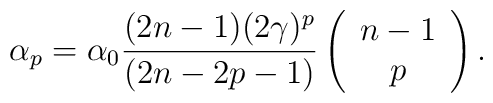
\alpha _{p}=\alpha _{0}\frac{(2n-1)(2\gamma )^{p}}{(2n-2p-1)}\left( \begin{array}{c}n-1 \\ p\end{array}\right) .